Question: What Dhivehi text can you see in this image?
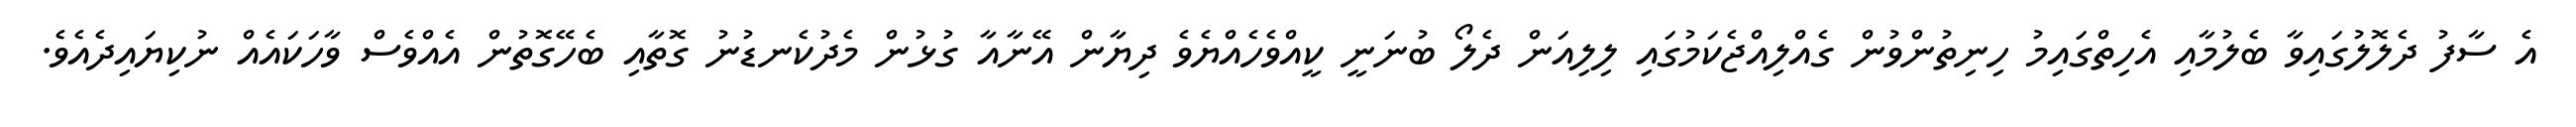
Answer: އެ ސާފު ދެލޮލުގައިވާ ބެލުމާއި އެހިތްގައިމު ހިނިތުންވުން ގެއްލިއްޖެކަމުގައި ލިލިއަން ދެލޯ ބުނަނީ ކީއްވެހެއްޔެވެ ދިޔާން އޭނާއާ ގުޅުން މެދުކެނޑުނު ގޮތާއި ބެހޭގޮތުން އެއްވެސް ވާހަކައެއް ނުކިޔައިދެއެވެ.